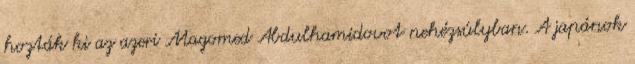
hozták ki az azeri Magomed Abdulhamidovot nehézsúlyban. A japánok